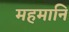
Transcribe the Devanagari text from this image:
महमानि